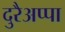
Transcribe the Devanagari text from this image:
दुरैअप्पा